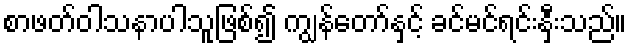
စာဖတ်ဝါသနာပါသူဖြစ်၍ ကျွန်တော်နှင့် ခင်မင်ရင်းနှီးသည်။